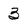
Character: 3